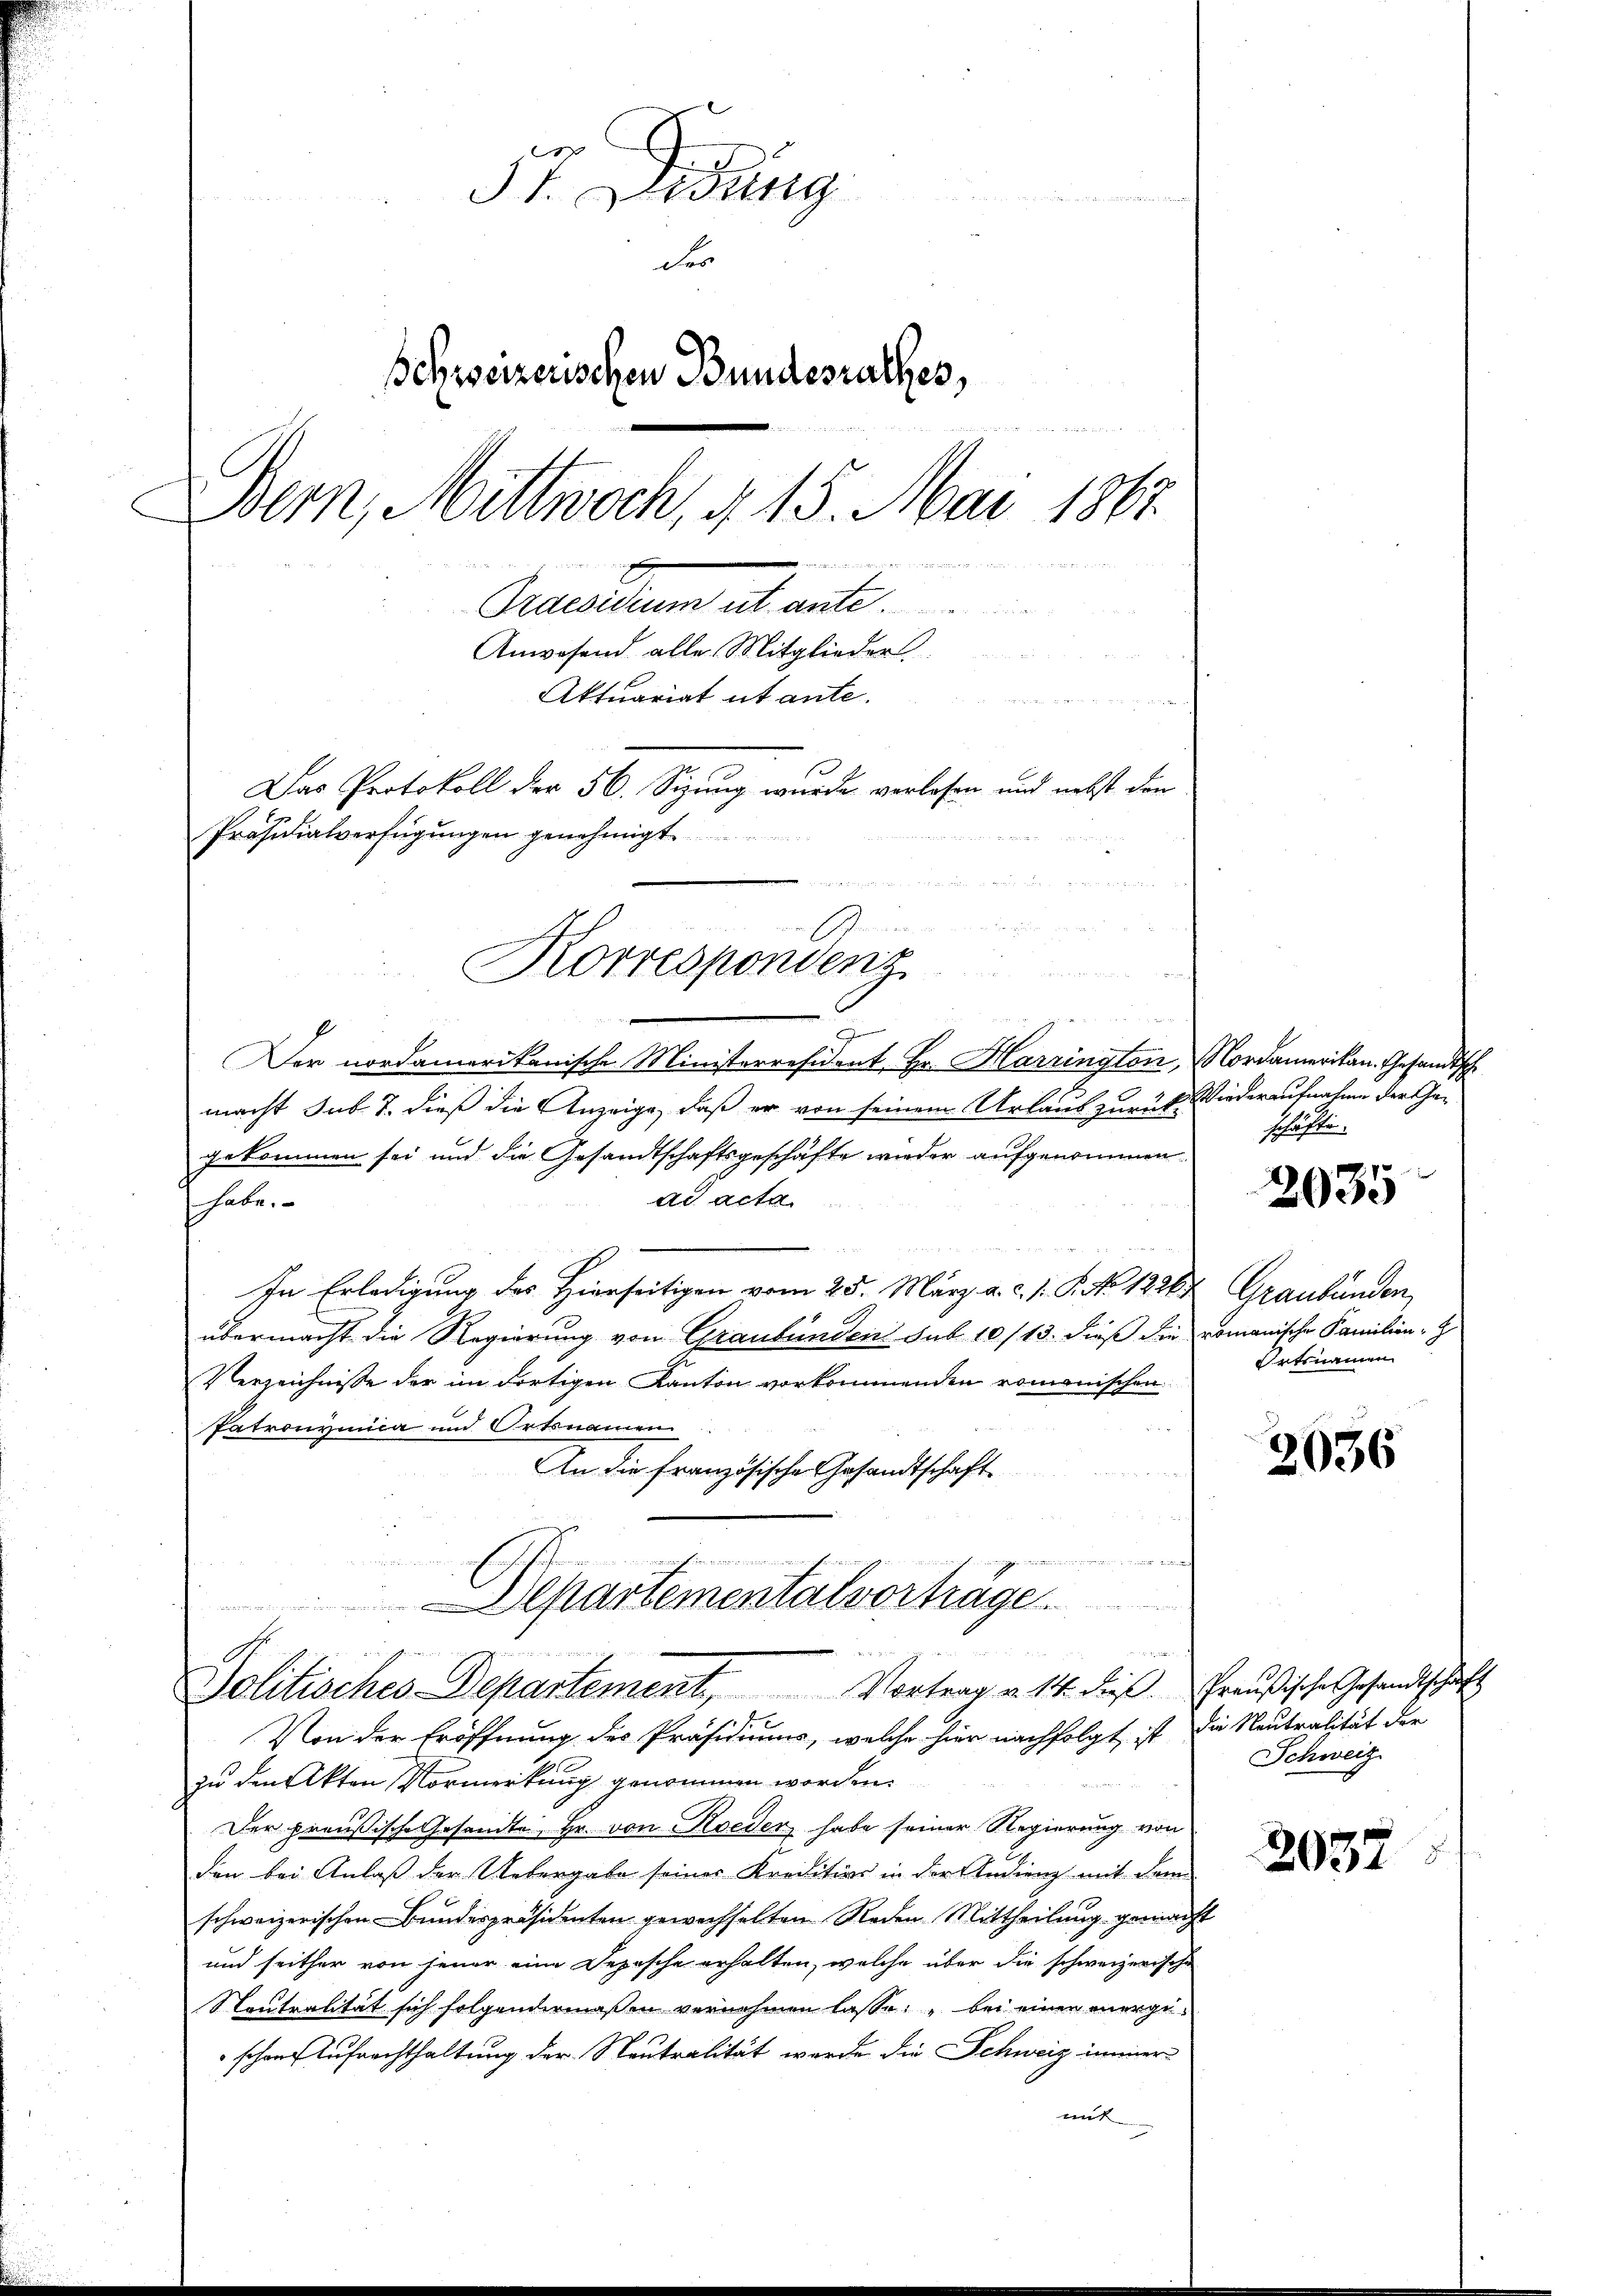
57. Sedung
der
Schweizerischen Bundesrathes,
Bern, Mittwoch, § 15. Mai 1867
w mit der
 d

Ordesidium ut ante
Anwesend alle Mitglieder
Aktuariat utante.
Das Protokoll der 56. Sizung wurde verlesen und nebst den
Präsidialverfügungen genehmigt

3
Der nordamerikanische Ministerresident, Hr. Harrington, Nordamerikan. Gesandtsche
macht sub. 2. dieß die Anzeige, daß er von seinem Urlaus zurück
gekommen sei und die Gesandtschaftsgeschäfte wieder aufgenommen
ad acta.
 habe.
In Erledigung des Hierseitigen vom 25. März a. c. 1. P. No. 12265 Graubünden,
übermacht die Regierung von Graubünden sub 10/13. dieß die romanische Familien-G
Verzeichnisse der im dortigen Kanton vorkommenden romonischen
Patronymica und Ortsnamen
An die französische Gesandtschaft
un
e
dne den Pfisten eine an der und nun eine nicht

Korrespondenz

Departemental vortrage

wunden auf der wie in g
 Lin
u
Politisches Departement, Vortrag v. 14. dieβ. Preŭβische Gesandtschäft

s
Von der Eröffnung des Präsidiums, welche hier nachfolgt ist die Neutralität der
zu den Akten Vormerkung genommen worden.
Der preußische Gesandte Hr. von weder habe seiner Regierung von
den bei Anlaß der Uebergabe seines Kreditivs in der Audieng mit dem
schweizerischen Bundespräsidenten gewechselten Reden Mittheilung gemacht
und seither von jener eine Depesche erhalten, welche über die schweizerische
Neutralität sich folgendermassen vernehmen lasse: „bei einen mergischon Aufrachthaltung der Neutralität werde die Schweiz immer
mit

Wiederaufnahme der Geschäfte.

2035

Ortsnamen

2036

Schweiz

2032